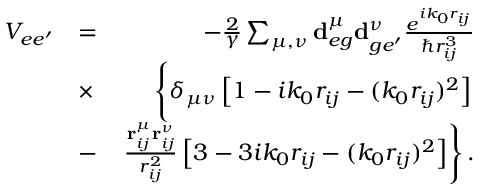
\begin{array} { r l r } { V _ { e e ^ { \prime } } } & { = } & { - \frac { 2 } { \gamma } \sum _ { \mu , \nu } \mathbf { d } _ { e g } ^ { \mu } \mathbf { d } _ { g e ^ { \prime } } ^ { \nu } \frac { e ^ { i k _ { 0 } r _ { i j } } } { \hbar r _ { i j } ^ { 3 } } } \\ & { \times } & { \left\{ \vphantom { \frac { r _ { i j } ^ { \mu } r _ { i j } ^ { \nu } } { r _ { i j } ^ { 2 } } } \delta _ { \mu \nu } \left[ 1 - i k _ { 0 } r _ { i j } - ( k _ { 0 } r _ { i j } ) ^ { 2 } \right] \right. } \\ & { - } & { \left. \frac { \mathbf { r } _ { i j } ^ { \mu } \mathbf { r } _ { i j } ^ { \nu } } { r _ { i j } ^ { 2 } } \left[ 3 - 3 i k _ { 0 } r _ { i j } - ( k _ { 0 } r _ { i j } ) ^ { 2 } \right] \right\} . } \end{array}